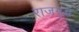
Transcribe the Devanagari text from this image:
राजगृद्ध